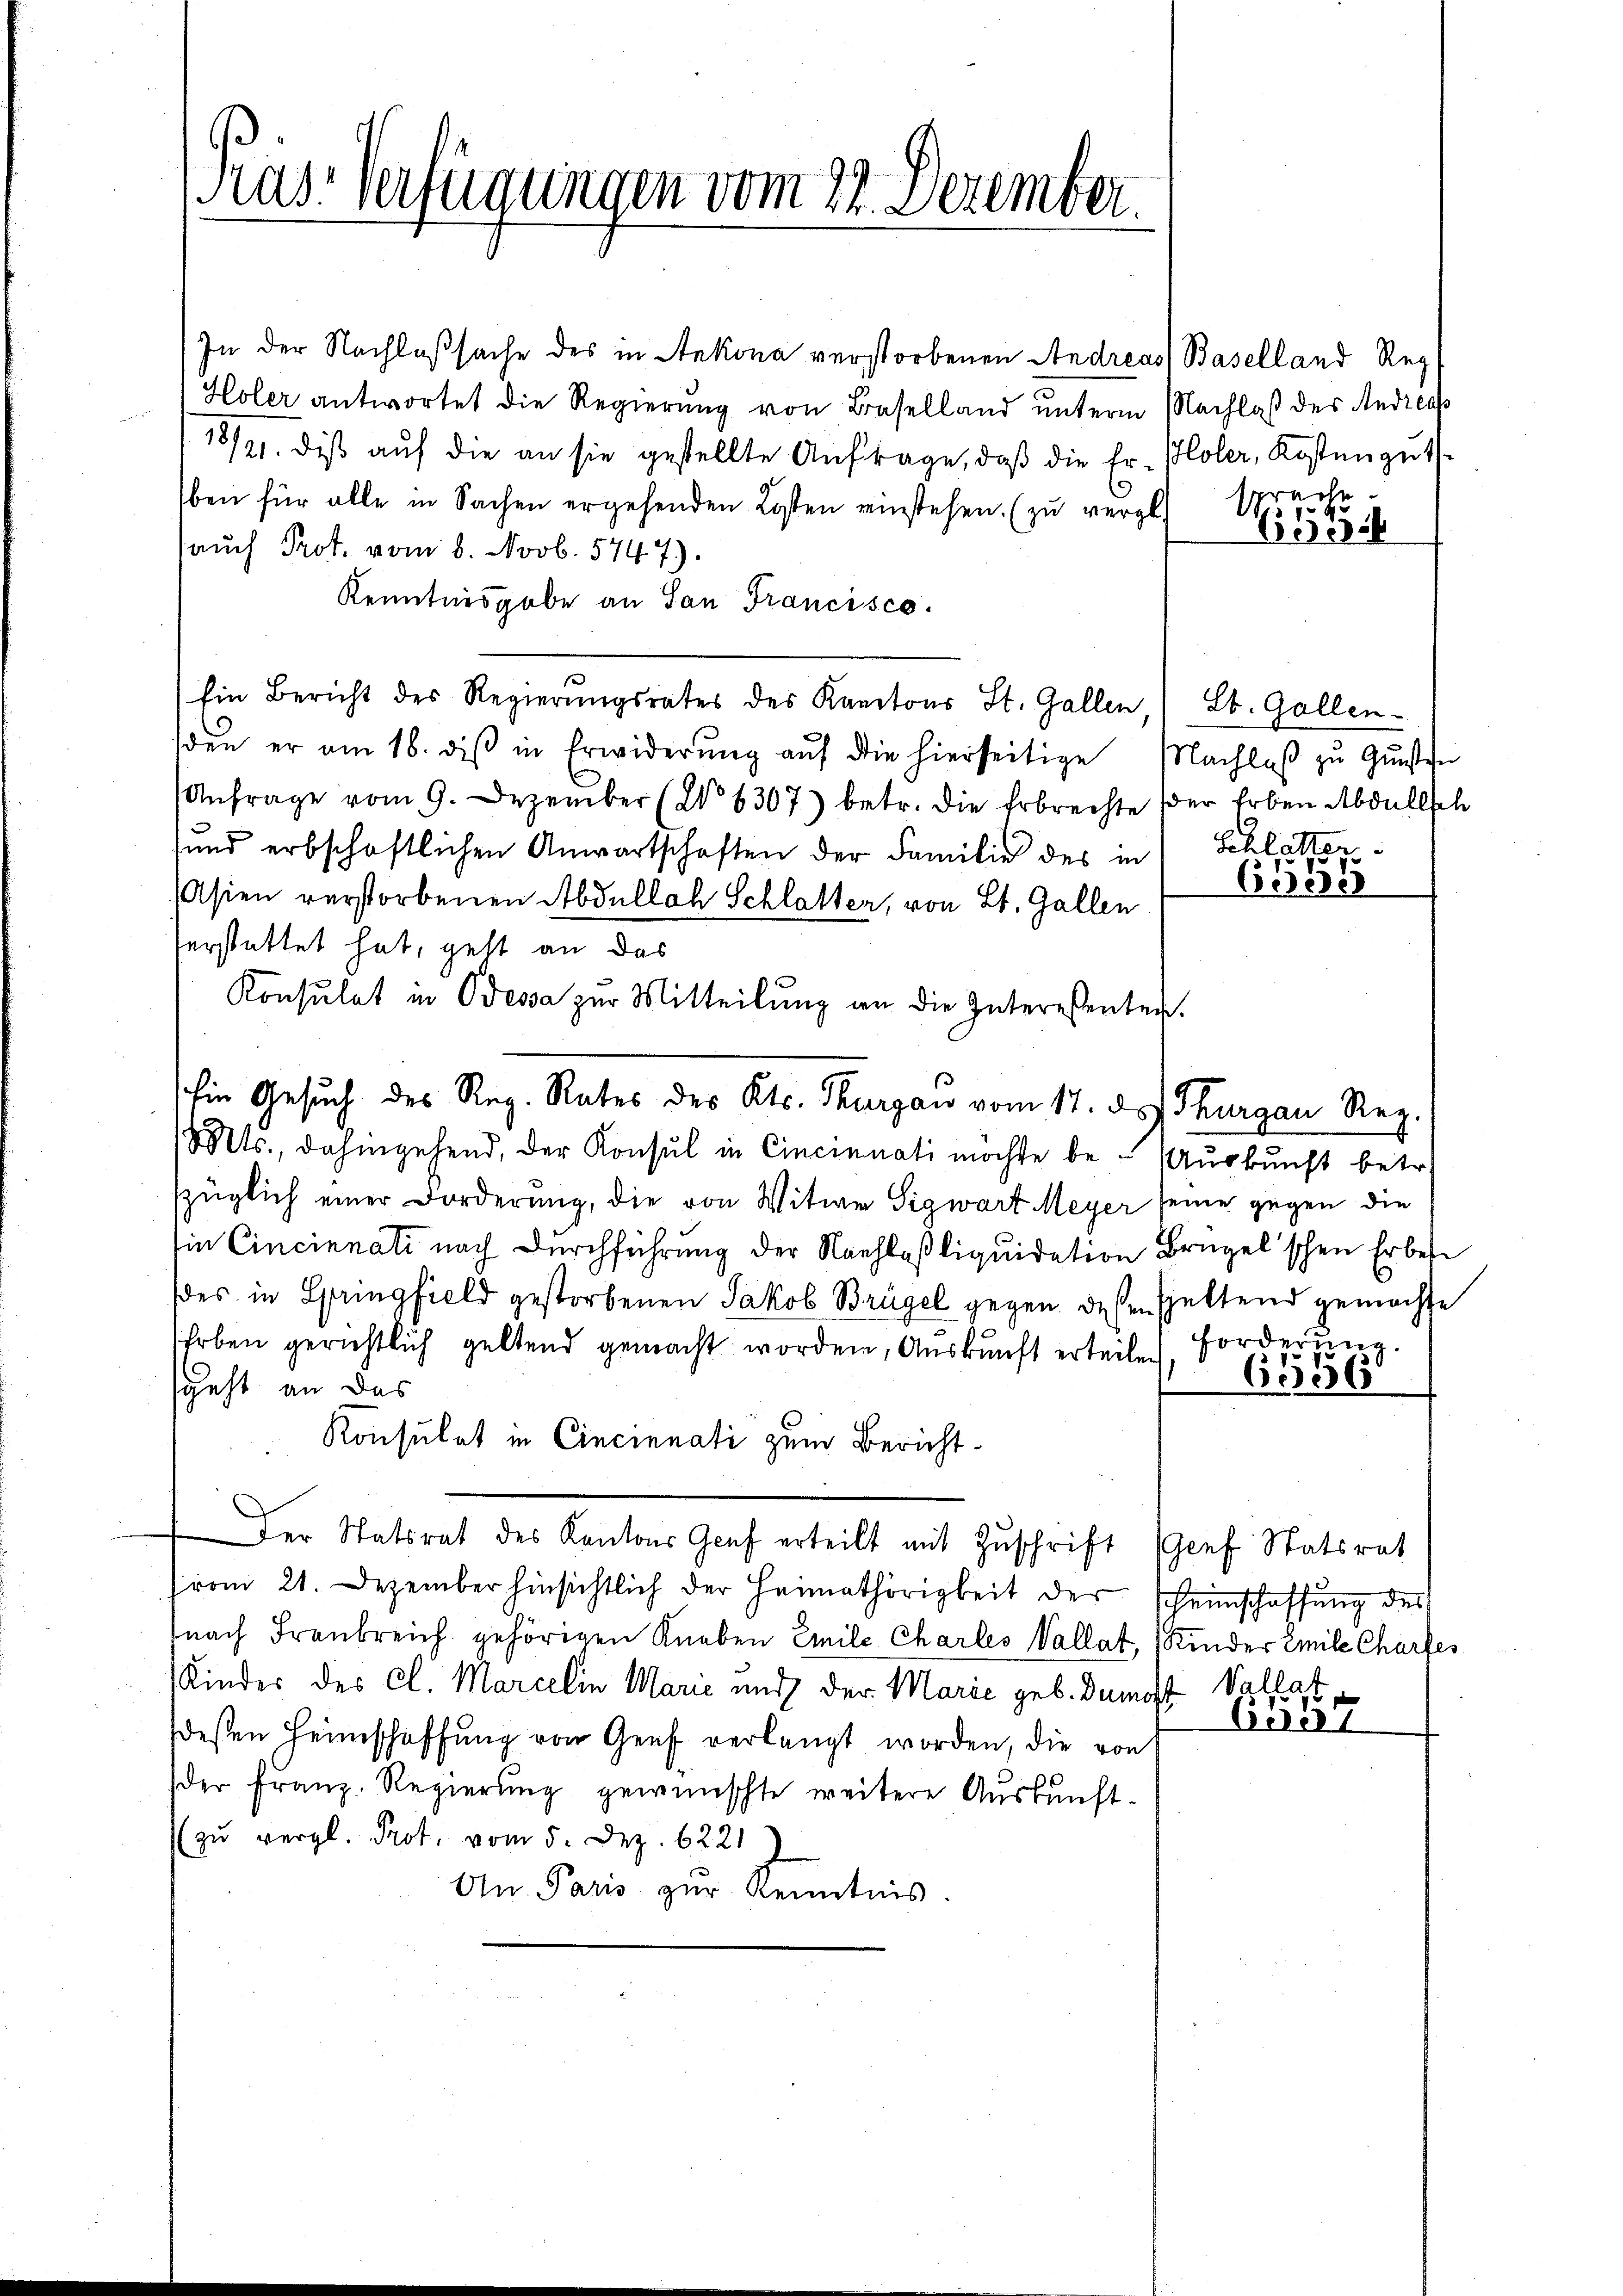
Prüs-Verfügungen vom 22. Dezember.

In der Nachlaßsache des in Ankona verstorbenen Andreas Baselland Reg
Holer antwortet die Regierung von Baselland unterm Nachlaß des Andreas
18/21. diβ aŭf die an sie gestellte Anfrage, daβ die Er-Holer, Kostenguts-
ben für alle in Sachen ergehenden Kosten einstehen. (zŭ vergl. spreche.
auch Prot. vom 8. Novb. 5747).
Kenntnisgabe an San Francisco
Ein Bericht des Regierŭngsrates des Kantons St. Gallen, St. Gallen-
sden er am 18. diβ in Erwiderŭng aŭf die hierseitige Nachlaβ zŭ Gŭnsten
Anfrage vom 9. Dezember (§ 6307) betr. die Erbrechte der Erben Abdallel
und erbschaftlichen Anwartschaften der Familie des in Schlatter
Asien verstorbenen Abdulloh Schlatten, von St. Gallen
erstattet hat, geht an das
Konsulat in Odessa zur Mitteilŭng an die Interessenten.
Mts., dahingehend, der Konsul in Cincinnati möchte be- Auskunft betr.
szüglich einer Forderung, die von Witwe Sigwart Meyer seine gegen die
in Cincinnati nach Durchführung der Nachlaßliquidation Brügelschen Erbete
es in Springfield gestorbenen Jakob Brügel gegen dessen seltend gemachte
hoben gerichtlich geltend gemacht worden, Auskunft erteilen, Forderun
sgeht an das
Konsulat in Cincinnati zum Bericht.
Der Statsrat des Kantons Genf erteilt mit Zuschrift Genf Statsrat
(vom 21. Dezember hinsichtlich der Heimathörigkeit der Scheinschaffung des
nach Frankreich gehörigen Knaben Emile Charles Vallat, (Kinder Emile Charfes
Kinder der Cl. Marcelin Marie und der Marie geb. Dumost Vallast
dessen Heimschaffŭng von Genf verlangt worden, die von
der franz. Regierŭng gewünschte weitere Aŭskŭnft-
(zu vergl. Prot. vom 5. Dez. 6221
An Paris zur Kenntnis

Ein Gesuch des Reg. Rates des Kts. Thurgau vom 17. d. Thurgau Reg.

6531

6555

6556

680